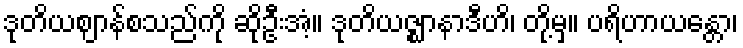
ဒုတိယဈာန်စသည်ကို ဆိုဦးအံ့။ ဒုတိယဇ္ဈာနာဒီဟိ၊ တို့မှ။ ပရိဟာယန္တော၊